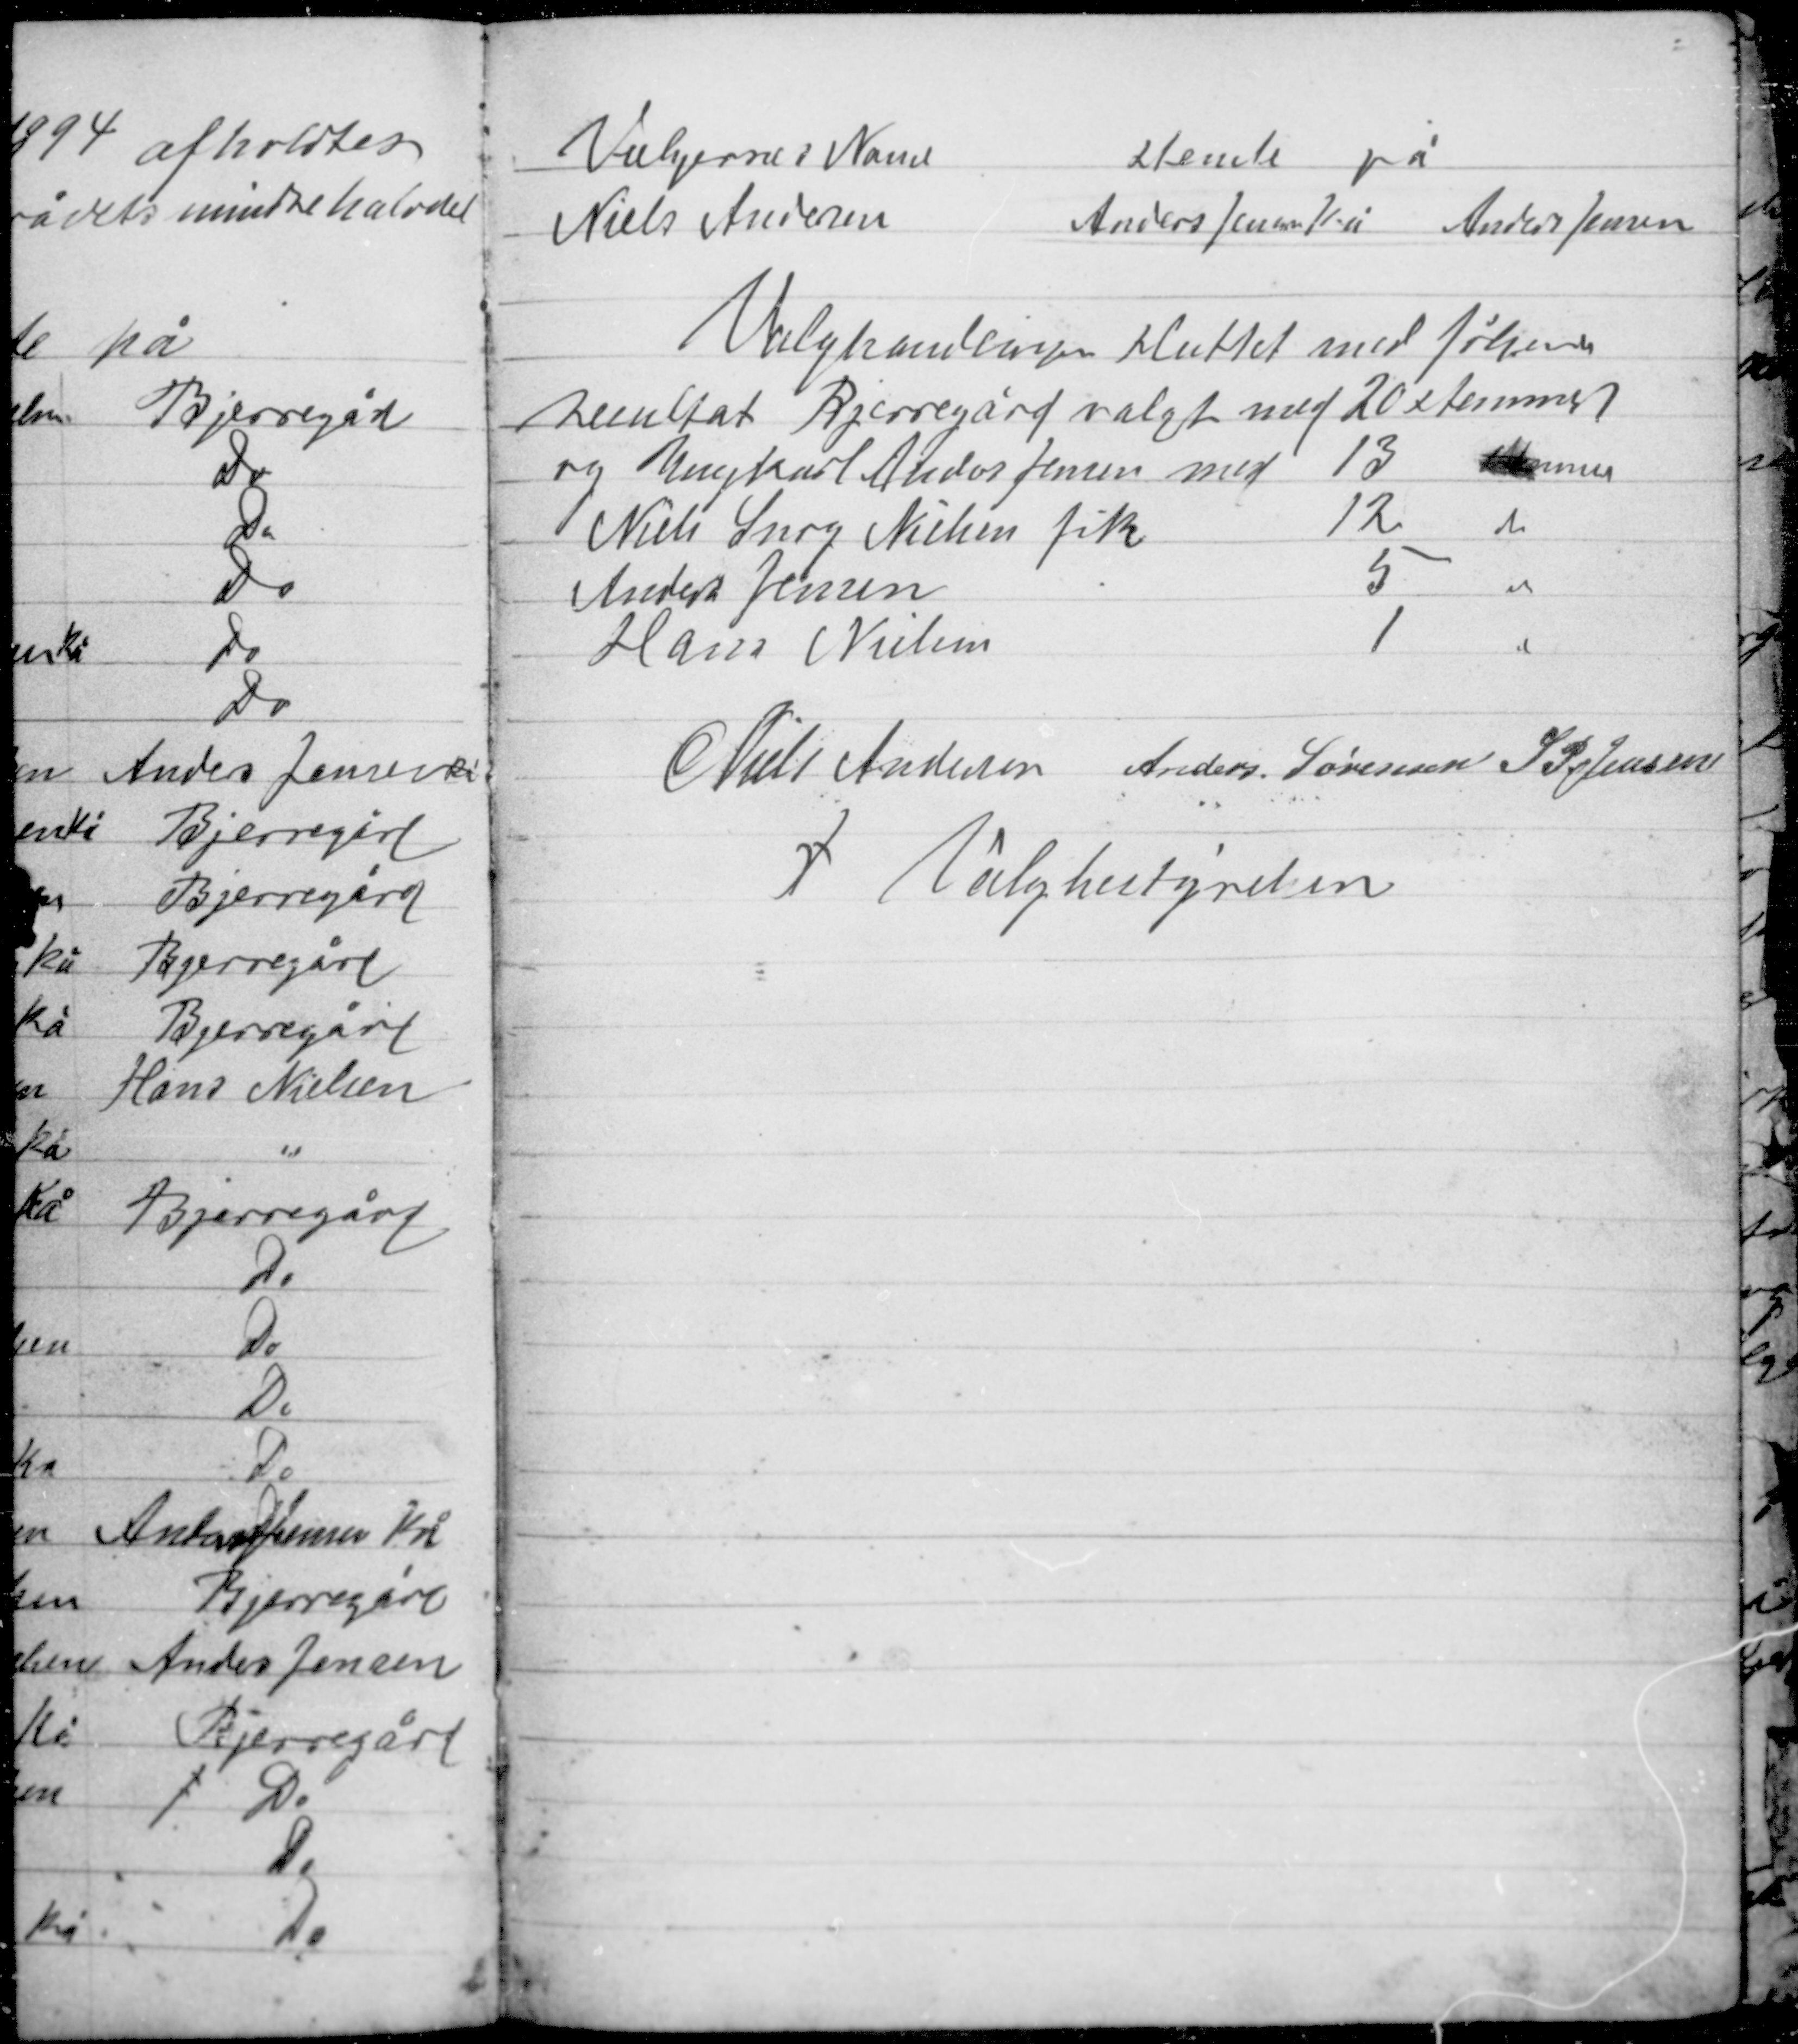
Transskription:
Valghandlingen sluttet med følgende
resultat Bjerregård valgt med 20 stemmer
og Ungkarl Anders Jensen med 13 stemmer
Niels Snog Nielsen fik 12 do
Anders Jensen 5 do
Hans Nielsen 1 do

Niels Andersen Anders Sørensen S P Jensen
f
Valgbestyrelsen